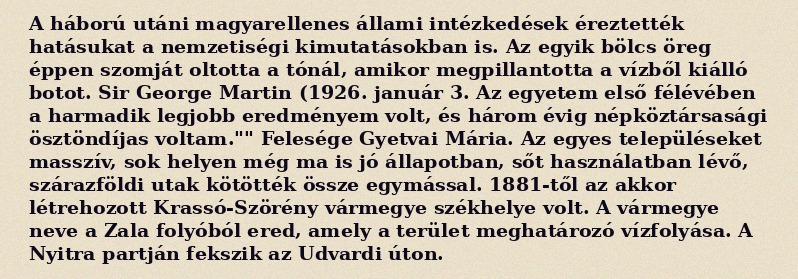
A háború utáni magyarellenes állami intézkedések éreztették hatásukat a nemzetiségi kimutatásokban is. Az egyik bölcs öreg éppen szomját oltotta a tónál, amikor megpillantotta a vízből kiálló botot. Sir George Martin (1926. január 3. Az egyetem első félévében a harmadik legjobb eredményem volt, és három évig népköztársasági ösztöndíjas voltam."" Felesége Gyetvai Mária. Az egyes településeket masszív, sok helyen még ma is jó állapotban, sőt használatban lévő, szárazföldi utak kötötték össze egymással. 1881-től az akkor létrehozott Krassó-Szörény vármegye székhelye volt. A vármegye neve a Zala folyóból ered, amely a terület meghatározó vízfolyása. A Nyitra partján fekszik az Udvardi úton.